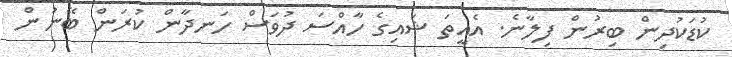
ކުޑަކުދިން ބިރުން ފިލާނެ. އެއީތަ ޝައިގެ ހާއްސަ ދުވަސް ހަނދާން ކުރަން ބޭނުން